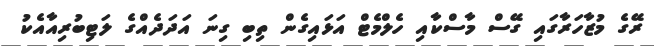
ރޭގެ މުޒާހަރާގައި ގޭސް މާސްކާއި ހެލްމެޓް އަޅައިގެން ތިބި ގިނަ އަދަދެއްގެ ލަޓިބުރިއާއެކު